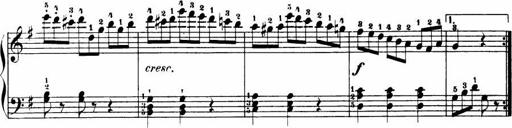
Title: Le bouquetier
Composer: Anton Diabelli
Key: G major
 C major
 F major
 C major